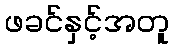
ဖခင်နှင့်အတူ